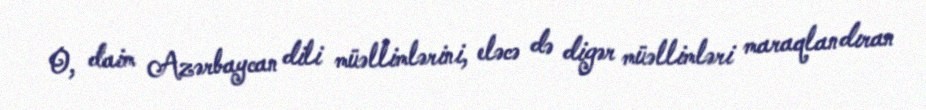
O, daim Azərbaycan dili müəllimlərini, eləcə də digər müəllimləri maraqlandıran